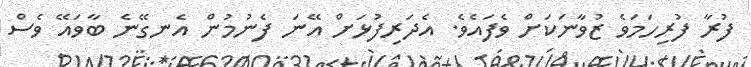
ފުރާ ފުރިހަމަވެ ޒުވާނަކަށް ވެފައެވެ. އެދަރިފުޅަށް އޭނަ ފެނުމުން އެނގޭނެ ބާވައޭ ވެސް